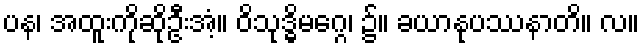
ပန၊ အထူးကိုဆိုဦးအံ့။ ဝိသုဒ္ဓိမဂ္ဂေ၊ ၌။ ခယာနုပဿနာတိ။ လ။